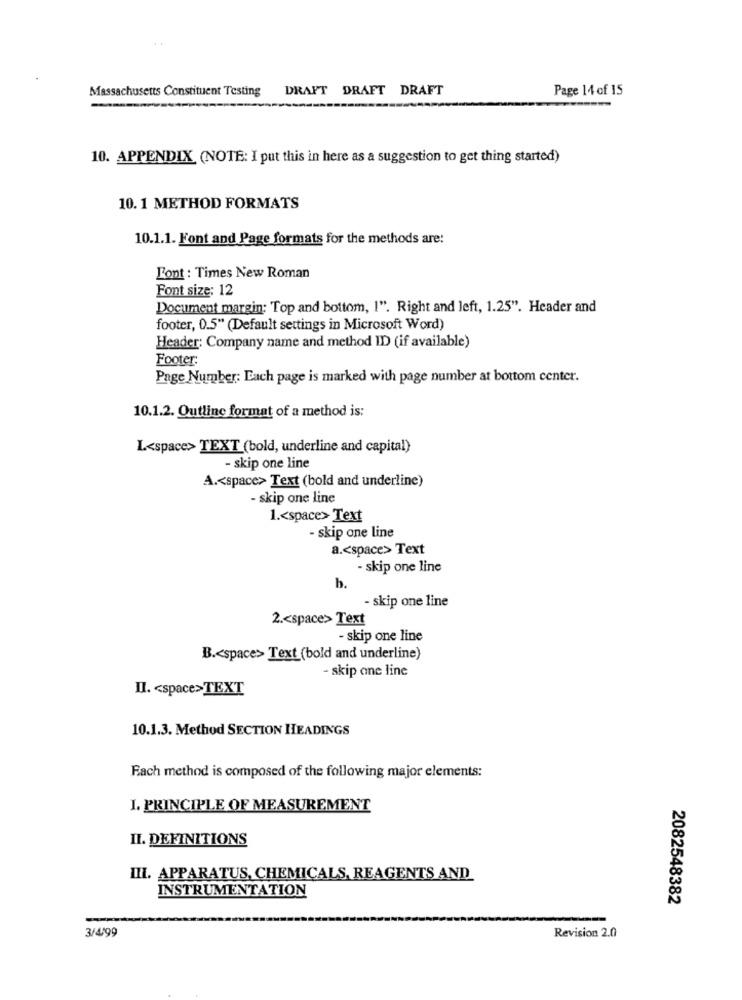
Massachusetts Constituent Testing
DRAFT DRAFT DRAFT
Page 14 of 15
10. APPENDIX (NOTE: I put this in here as a suggestion to get thing started)
10. 1 METHOD FORMATS
10.1.1. Font and Page formats for the methods are:
Font : Times New Roman
Font size: 12
Document margin: Top and bottom, I". Right and left, 1.25". Header and
footer, 0.5" (Default settings in Microsoft Word)
Header: Company name and method ID (if available)
Footer:
Page Number: Each page is marked with page number at bottom center.
10.1.2. Outline format of a method is:
L<space> TEXT (bold, underline and capital)
- skip one line
A .< space> Text (bold and underline)
- skip one line
1 .< space> Text
- skip one line
a .< space> Text
- skip one line
b.
- skip one line
2 .< space> Text
- skip one line
B .< space> Text (bold and underline)
- skip one line
II. < space>TEXT
10.1.3. Method SECTION HEADINGS
Fach method is composed of the following major elements:
I. PRINCIPLE OF MEASUREMENT
II. DEFINITIONS
III. APPARATUS, CHEMICALS, REAGENTS AND
INSTRUMENTATION
2082548382
3/4/99
Revision 2.0